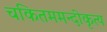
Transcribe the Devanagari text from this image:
चकितममन्दीकृत्य